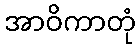
အာဝိကာတုံ